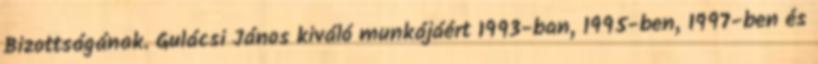
Bizottságának. Gulácsi János kiváló munkájáért 1993-ban, 1995-ben, 1997-ben és